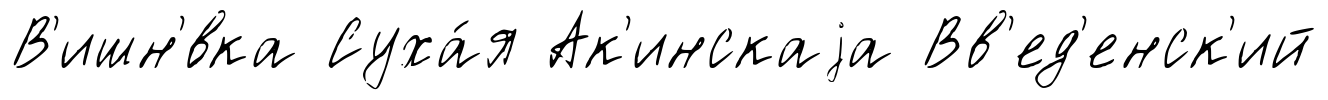
В'ишн'́вка Суха́я Ак'инскаjа Вв'ед'енск'ий